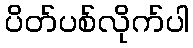
ပိတ်ပစ်လိုက်ပါ